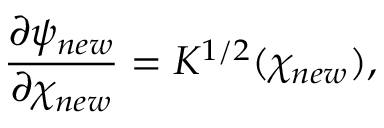
\frac { \partial \psi _ { n e w } } { \partial \chi _ { n e w } } = K ^ { 1 / 2 } ( \chi _ { n e w } ) ,